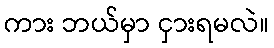
ကား ဘယ်မှာ ငှားရမလဲ။